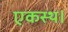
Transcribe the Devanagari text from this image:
एकस्थ।